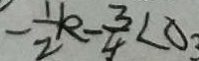
- \frac { 1 } { 2 } k - \frac { 3 } { 4 } < 0 3